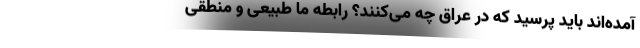
آمده‌اند باید پرسید که در عراق چه می‌کنند؟ رابطه ما طبیعی و منطقی